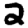
Digit: 2